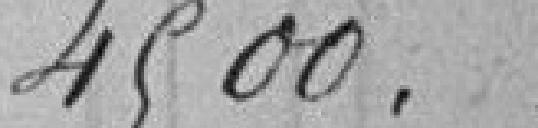
4500,.